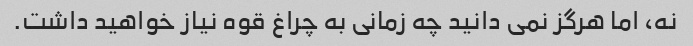
نه، اما هرگز نمی دانید چه زمانی به چراغ قوه نیاز خواهید داشت.